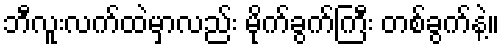
ဘီလူးလက်ထဲမှာလည်း မိုက်ခွက်ကြီး တစ်ခွက်နဲ့။